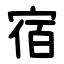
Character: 宿